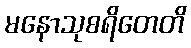
မနောသုစရိတေတိ